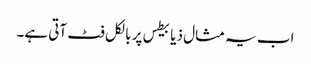
اب یہ مثال ذیابیطس پر بالکل فٹ آتی ہے۔